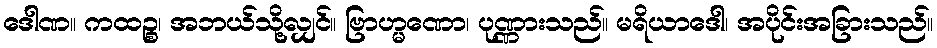
ဒေါဏ။ ကထဉ္စ၊ အဘယ်သို့လျှင်။ ဗြာဟ္မဏော၊ ပုဏ္ဏားသည်။ မရိယာဒေါ၊ အပိုင်းအခြားသည်။